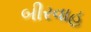
બીરવાહ